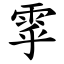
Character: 雽